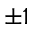
\pm 1